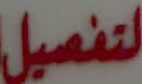
لتفصيل